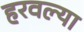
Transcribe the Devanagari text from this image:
हरवल्या